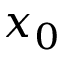
x _ { 0 }